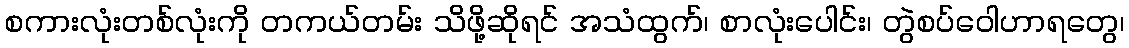
စကားလုံးတစ်လုံးကို တကယ်တမ်း သိဖို့ဆိုရင် အသံထွက်၊ စာလုံးပေါင်း၊ တွဲစပ်ဝေါဟာရတွေ၊